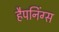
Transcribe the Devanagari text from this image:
हैपनिंग्स